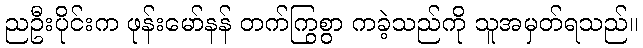
ညဦးပိုင်းက ဖုန်းမော်နန် တက်ကြွစွာ ကခဲ့သည်ကို သူအမှတ်ရသည်။